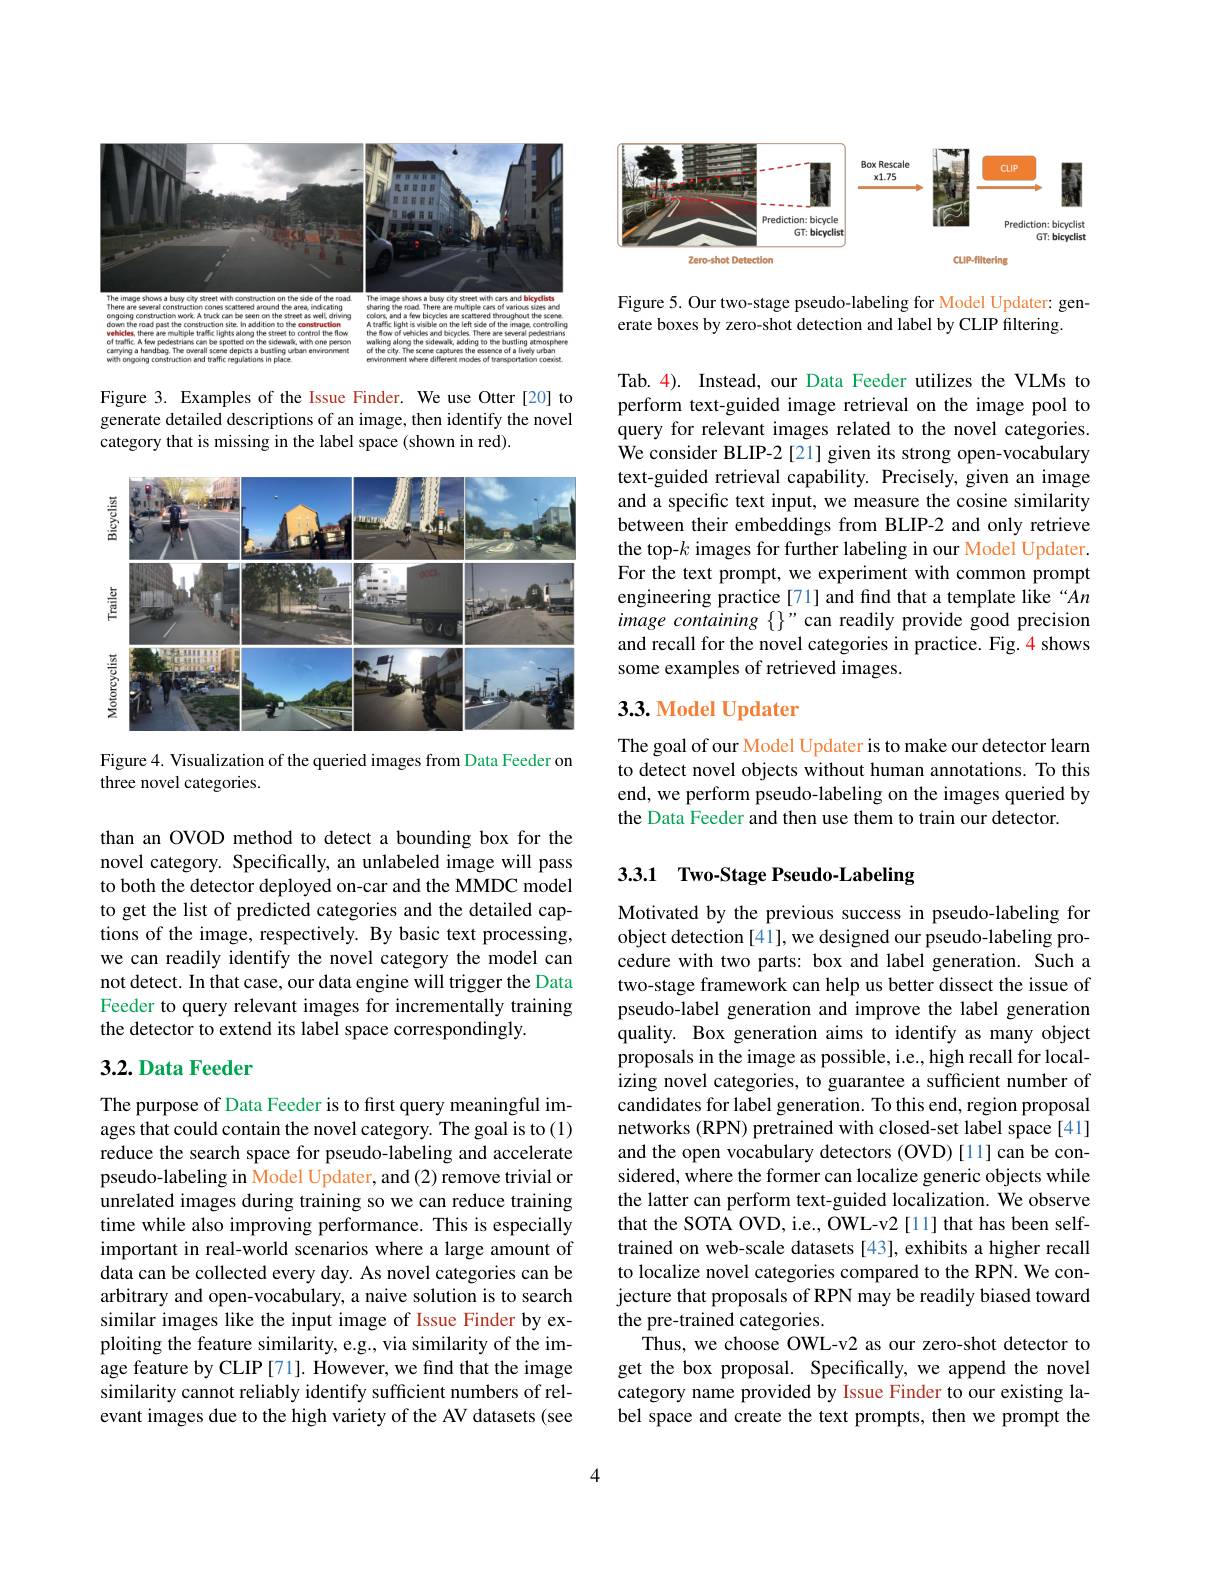
<FigureHere>

Figure 3. Examples of the Issue Finder. We use Otter [20] to generate detailed descriptions of an image, then identify the novel category that is missing in the label space (shown in red).

<FigureHere>

Figure 4. Visualization of the queried images from Data Feeder on
three novel categories.

than an OVOD method to detect a bounding box for the novel category. Specifically, an unlabeled image will pass to both the detector deployed on-car and the MMDC model to get the list of predicted categories and the detailed captions of the image, respectively. By basic text processing, we can readily identify the novel category the model can not detect. In that case, our data engine will trigger the Data Feeder to query relevant images for incrementally training the detector to extend its label space correspondingly.

## 3.2. Data Feeder

The purpose of Data Feeder is to first query meaningful images that could contain the novel category. The goal is to(1) reduce the search space for pseudo-labeling and accelerate pseudo-labeling in Model Updater, and (2) remove trivial or unrelated images during training so we can reduce training time while also improving performance. This is especially important in real-world scenarios where a large amount of data can be collected every day. As novel categories can be arbitrary and open-vocabulary, a naive solution is to search similar images like the input image of Issue Finder by exploiting the feature similarity, e.g., via similarity of the image feature by CLIP [71]. However, we find that the image similarity cannot reliably identify sufficient numbers of relevant images due to the high variety of the AV datasets (see

<FigureHere>

Figure 5. Our two-stage pseudo-labeling for Model Updater: gen-
erate boxes by zero-shot detection and label by CLIP filtering.

Tab. 4). Instead, our Data Feeder utilizes the VLMs to perform text-guided image retrieval on the image pool to query for relevant images related to the novel categories. We consider BLIP-2 [21] given its strong open-vocabulary text-guided retrieval capability. Precisely, given an image and a specific text input, we measure the cosine similarity between their embeddings from BLIP-2 and only retrieve the top-$k$ images for further labeling in our Model Updater. For the text prompt, we experiment with common prompt engineering practice[71] and find that a template like “An image containing {}" can readily provide good precision and recall for the novel categories in practice. Fig.4 shows some examples of retrieved images.

## 3.3. Model Updater

The goal of our Model Updater is to make our detector learn to detect novel objects without human annotations. To this end, we perform pseudo-labeling on the images queried by the Data Feeder and then use them to train our detector.

# 3.3.1 Two-Stage Pseudo-Labeling

Motivated by the previous success in pseudo-labeling for object detection [41], we designed our pseudo-labeling procedure with two parts: box and label generation. Such a two-stage framework can help us better dissect the issue of pseudo-label generation and improve the label generation quality. Box generation aims to identify as many object proposals in the image as possible, i.e., high recall for localizing novel categories, to guarantee a sufficient number of candidates for label generation. To this end, region proposal networks (RPN) pretrained with closed-set label space [41] and the open vocabulary detectors (OVD)[11] can be considered, where the former can localize generic objects while the latter can perform text-guided localization. We observe that the SOTA OVD, i.e., OWL-v2 [11] that has been selftrained on web-scale datasets [43], exhibits a higher recall to localize novel categories compared to the RPN. We conjecture that proposals of RPN may be readily biased toward the pre-trained categories.
Thus, we choose OWL-v2 as our zero-shot detector to get the box proposal. Specifically, we append the novel category name provided by Issue Finder to our existing label space and create the text prompts, then we prompt the

4